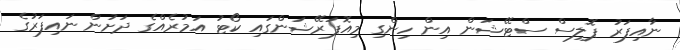
ނާއިފަރު ޕޮލިސް ސްޓޭޝަން އިން ހިންގި މިއޮޕަރޭޝަންގައި ކޯޓު އަމުރެއްގެ ދަށުން ނައިފަރުގެ